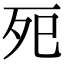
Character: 𭮀